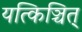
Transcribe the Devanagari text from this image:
यत्किञ्चित्